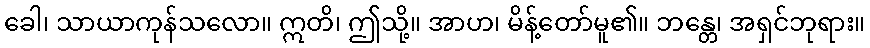
ခေါ၊ သာယာကုန်သလော။ ဣတိ၊ ဤသို့။ အာဟ၊ မိန့်တော်မူ၏။ ဘန္တေ၊ အရှင်ဘုရား။